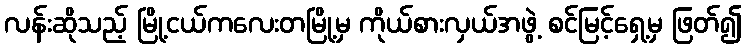
လန်းဆိုသည့် မြို့ငယ်ကလေးတမြို့မှ ကိုယ်စားလှယ်အဖွဲ့ စင်မြင့်ရှေ့မှ ဖြတ်၍